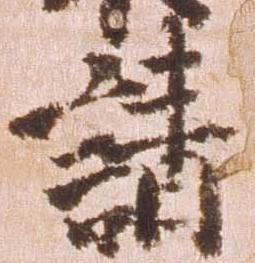
請